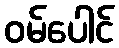
ဝမ်ပေါင်